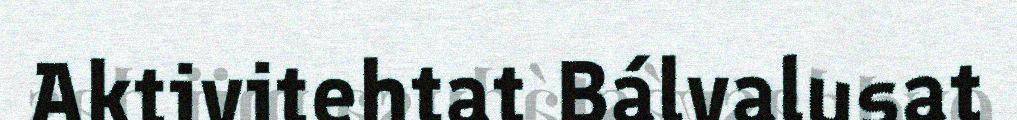
Aktivitehtat Bálvalusat